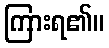
ကြားရ၏။